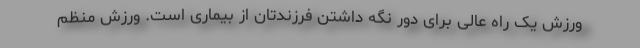
ورزش یک راه عالی برای دور نگه داشتن فرزندتان از بیماری است. ورزش منظم